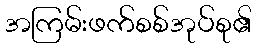
အကြမ်းဖက်စစ်အုပ်စု၏